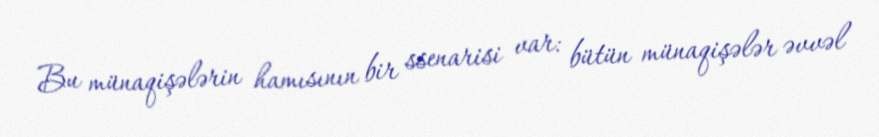
Bu münaqişələrin hamısının bir ssenarisi var: bütün münaqişələr əvvəl